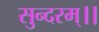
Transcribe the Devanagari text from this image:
सुन्दरम्।।